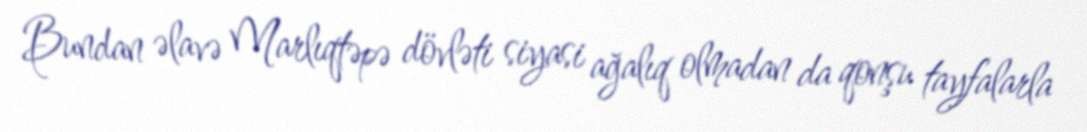
Bundan əlavə Marlıqtəpə dövləti siyasi ağalıq olmadan da qonşu tayfalarla